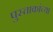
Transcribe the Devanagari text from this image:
पुस्ताकांच्या